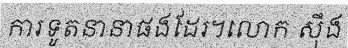
ការទូតនានាផងដែរ។លោក ស៊ឹង